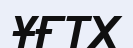
ҰҒТХ